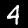
Digit: 4